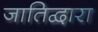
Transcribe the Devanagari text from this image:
जातिद्वारा